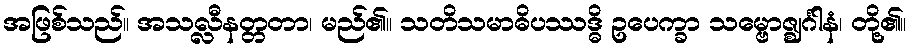
အဖြစ်သည်။ အသလ္လီနတ္တတာ၊ မည်၏။ သတိသမာဓိပဿဒ္ဓိ ဥပေက္ခာ သမ္ဗောဇ္ဈင်္ဂါနံ၊ တို့၏။